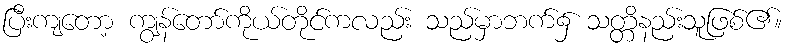
ပြီးကျတော့ ကျွန်တော်ကိုယ်တိုင်ကလည်း သည်မှာဘက်၌ သတ္တိနည်းသူဖြစ်၏။